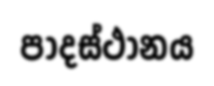
පාදස්ථානය